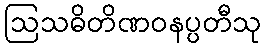
ဩသဓိတိဏဝနပ္ပတီသု